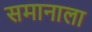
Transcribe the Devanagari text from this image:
समानाला